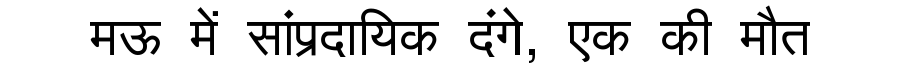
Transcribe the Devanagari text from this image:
मऊ में सांप्रदायिक दंगे, एक की मौत